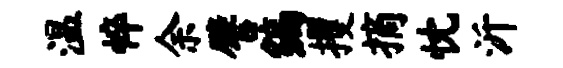
温悴余譬编攫摘忱沂